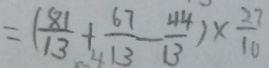
= ( \frac { 8 1 } { 1 3 } + \frac { 6 7 } { 1 3 } - \frac { 4 4 } { 1 3 } ) \times \frac { 2 7 } { 1 0 }